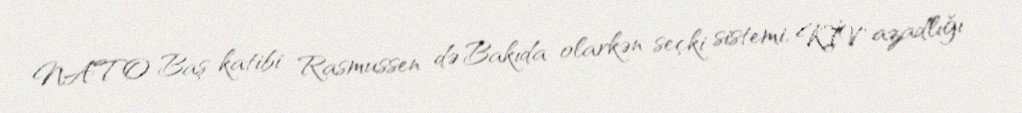
NATO Baş katibi Rasmussen də Bakıda olarkən seçki sistemi, KİV azadlığı